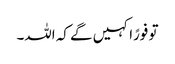
تو فورًاکہیں گے کہ اللہ۔